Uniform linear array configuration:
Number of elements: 4
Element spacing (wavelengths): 0.5
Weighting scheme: kaiser
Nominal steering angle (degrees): -30
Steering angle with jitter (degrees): -31.683
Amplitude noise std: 0.05
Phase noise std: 0.05

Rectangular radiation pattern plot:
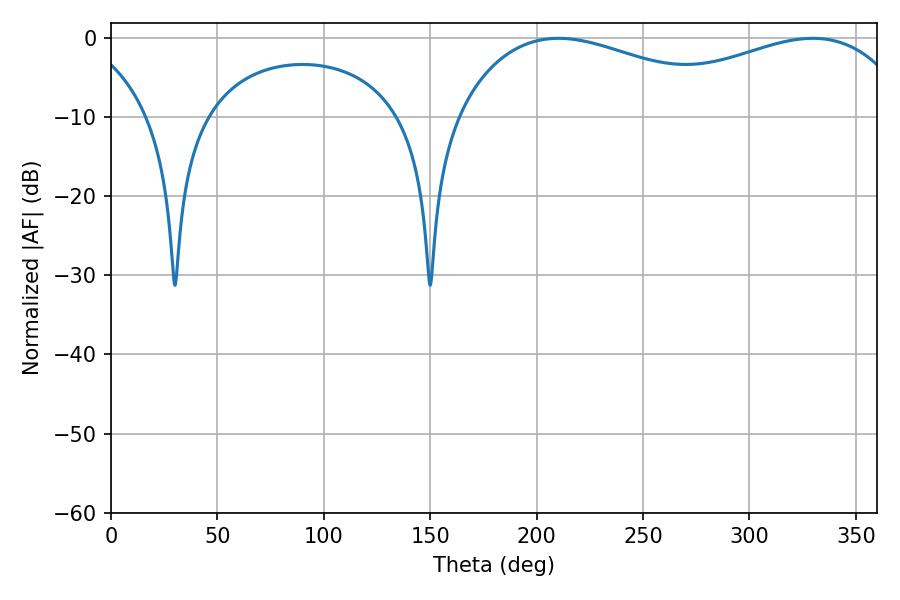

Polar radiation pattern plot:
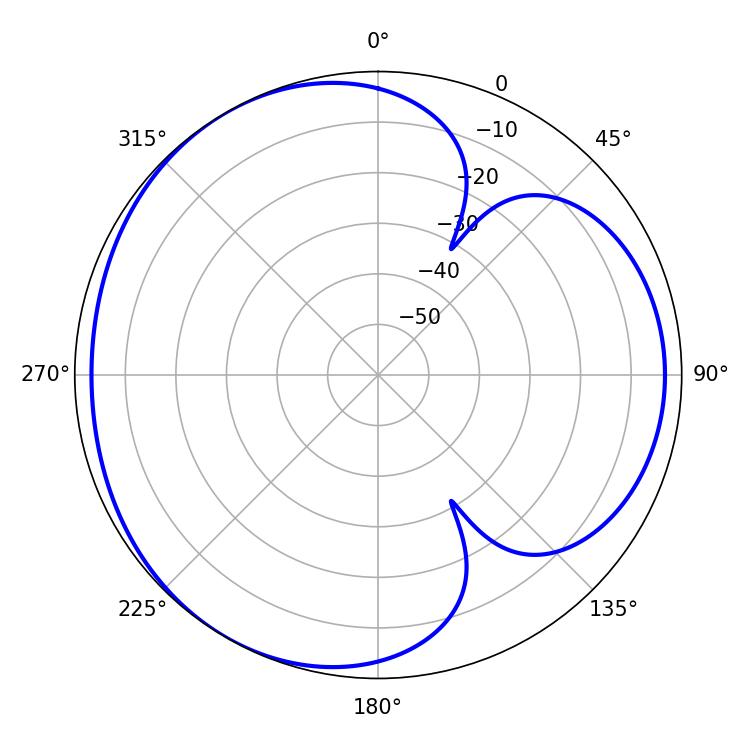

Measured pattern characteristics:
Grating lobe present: FALSE
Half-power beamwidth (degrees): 76.68
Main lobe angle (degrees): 210.24